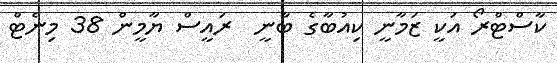
ކާސްޓްރޯ އަކީ ޒަމާނީ ކިއުބާގެ ބާނީ  ރައީސް ޔާމީން 38 މިނެޓް